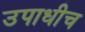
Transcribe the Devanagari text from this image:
उपाधीच